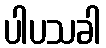
ပါပသခါ